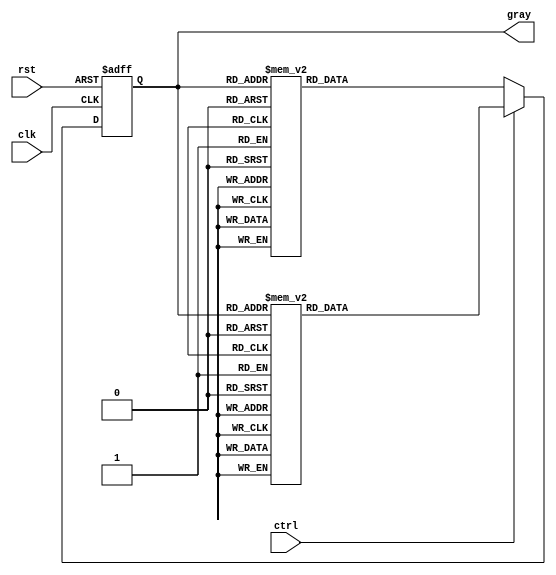
module GrayCounter(
    input wire clk,
    input wire rst,
    input wire ctrl,
    output reg [3:0] gray
);

reg [3:0] next_gray;

always @ (posedge clk or posedge rst) begin
    if (rst) begin
        gray <= 4'b0000;
    end else begin
        if (ctrl) begin // Increment
            case(gray)
                4'b0000: next_gray = 4'b0001;
                4'b0001: next_gray = 4'b0011;
                4'b0011: next_gray = 4'b0010;
                4'b0010: next_gray = 4'b0110;
                4'b0110: next_gray = 4'b0111;
                4'b0111: next_gray = 4'b0101;
                4'b0101: next_gray = 4'b0100;
                4'b0100: next_gray = 4'b1100;
                4'b1100: next_gray = 4'b1101;
                4'b1101: next_gray = 4'b1111;
                4'b1111: next_gray = 4'b1110;
                4'b1110: next_gray = 4'b1010;
                4'b1010: next_gray = 4'b1011;
                4'b1011: next_gray = 4'b1001;
                4'b1001: next_gray = 4'b1000;
                4'b1000: next_gray = 4'b0000;
                default: next_gray = 4'b0000;
            endcase
        end else begin // Decrement
            case(gray)
                4'b0000: next_gray = 4'b1000;
                4'b1000: next_gray = 4'b1001;
                4'b1001: next_gray = 4'b1011;
                4'b1011: next_gray = 4'b1010;
                4'b1010: next_gray = 4'b1110;
                4'b1110: next_gray = 4'b1111;
                4'b1111: next_gray = 4'b1101;
                4'b1101: next_gray = 4'b1100;
                4'b1100: next_gray = 4'b0100;
                4'b0100: next_gray = 4'b0101;
                4'b0101: next_gray = 4'b0111;
                4'b0111: next_gray = 4'b0110;
                4'b0110: next_gray = 4'b0010;
                4'b0010: next_gray = 4'b0011;
                4'b0011: next_gray = 4'b0001;
                4'b0001: next_gray = 4'b0000;
                default: next_gray = 4'b0000;
            endcase
        end
        gray <= next_gray;
    end
end

endmodule